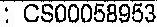
: CS00058953